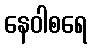
နေဝါစရေ